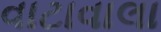
વાટાવાલા